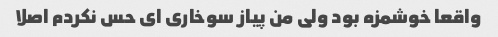
واقعا خوشمزه بود ولی من پیاز سوخاری ای حس نکردم اصلا